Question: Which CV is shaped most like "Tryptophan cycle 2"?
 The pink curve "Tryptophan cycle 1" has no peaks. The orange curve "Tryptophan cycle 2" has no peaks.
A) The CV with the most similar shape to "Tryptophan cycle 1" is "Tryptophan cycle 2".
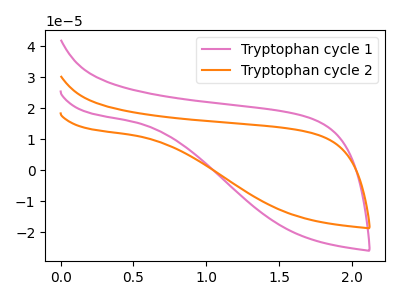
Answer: <think>Neither "Tryptophan cycle 1" or "Tryptophan cycle 2" have any peaks.
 </think>
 <answer>A) The CV with the most similar shape to "Tryptophan cycle 1" is "Tryptophan cycle 2".</answer>
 <eval>A</eval>